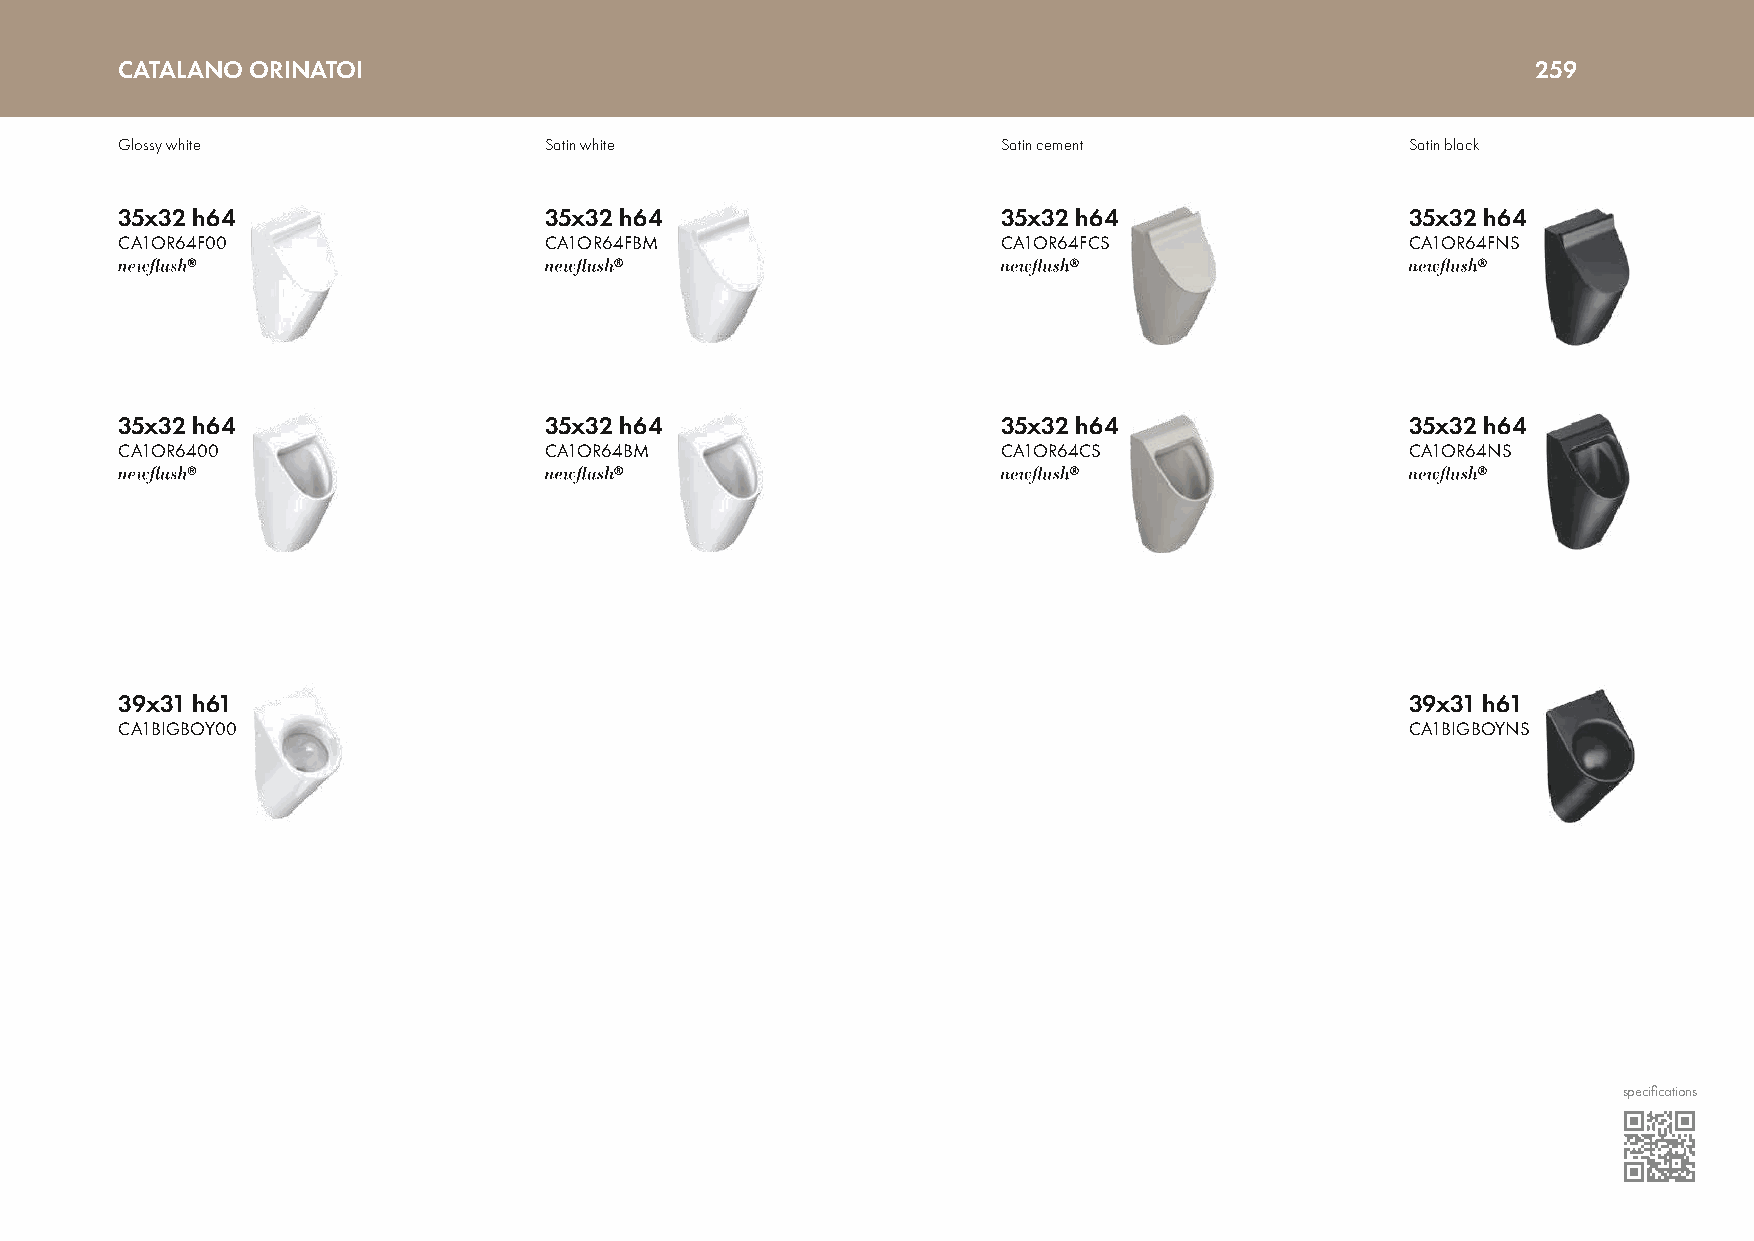
CATALANO ORINATOI                                                                             259
 Glossy white                Satin white                   Satin cement               Satin black
 35x32 h64                   35x32 h64                     35x32 h64                  35x32 h64
 CA1OR64F00                  CA1OR64FBM                    CA1OR64FCS                 CA1OR64FNS
 35x32 h64                   35x32 h64                     35x32 h64                  35x32 h64
 CA1OR6400                   CA1OR64BM                     CA1OR64CS                  CA1OR64NS
 39x31 h61                                                                            39x31 h61
 CA1BIGBOY00                                                                          CA1BIGBOYNS
 specifications